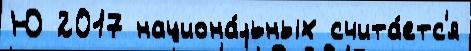
Ю 2017 национа́льных счита́етс'я